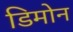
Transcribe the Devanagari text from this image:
डिमोन